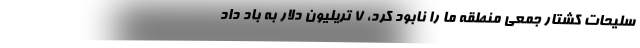
سلیحات کشتار جمعی منطقه ما را نابود کرد، 7 تریلیون دلار به باد داد